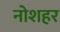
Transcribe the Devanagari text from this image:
नोशहर